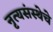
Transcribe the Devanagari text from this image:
नृत्यसंस्थेचे